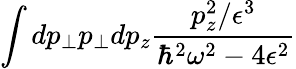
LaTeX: \int dp_{\bot}p_{\bot}dp_{z}\frac{p_{z}^{2}/\epsilon^{3}}{\hbar^{2}\omega^{2}-4\epsilon^{2}}